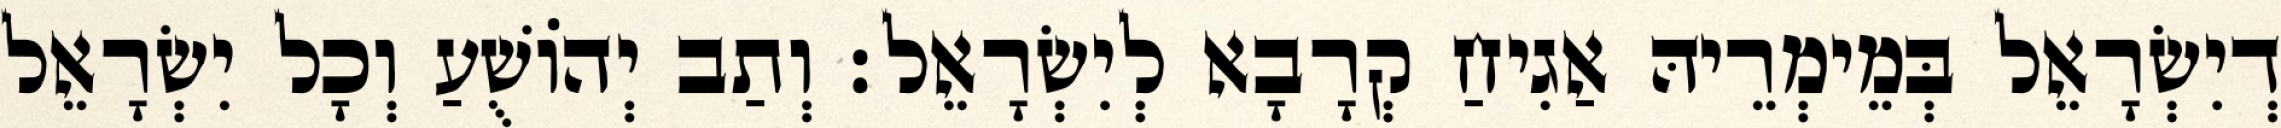
דְיִשְׂרָאֵל בְּמֵימְרֵיהּ אַגִיחַ קְרָבָא לְיִשְׂרָאֵל׃ וְתַב יְהוֹשֻׁעַ וְכָל יִשְׂרָאֵל